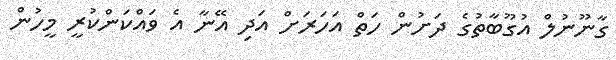
ގާނޫނުލް އުގޫބާތުގެ ދަށުން ހަތް އަހަރަށް އަދި އޭނާ އެ ވައްކަންކުރީ މީހުން